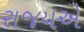
રાજયએ